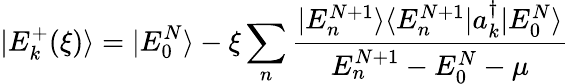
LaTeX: |E_{k}^{+}(\xi)\rangle=|E_{0}^{N}\rangle-\xi\sum_{n}\frac{|E_{n}^{N+1}\rangle\langle E_{n}^{N+1}|a_{k}^{\dagger}|E_{0}^{N}\rangle}{E_{n}^{N+1}-E_{0}^{N}-\mu}